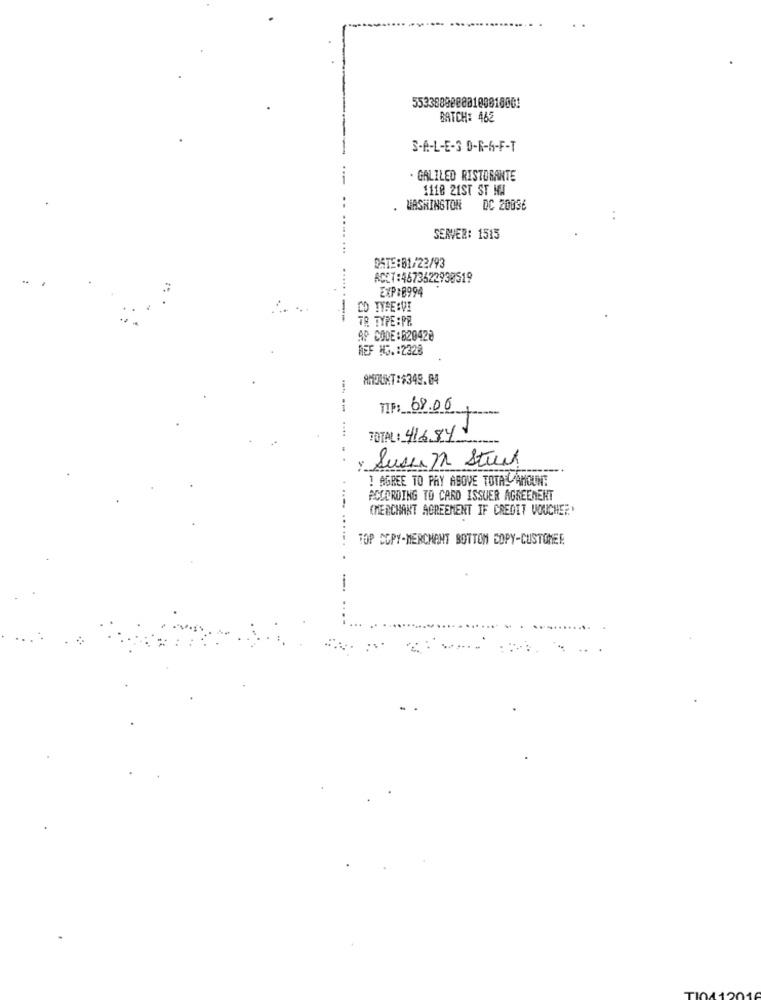
BATCH: 462
S-A-L-E-3 D-R-6-F-T
. GALILEO RISTORANTE
1118 21ST ST MA
WASHINGTON
DC 20036
:
SERVER: 1515
DATE:51/22/93
ACCT:4673622930519
EXP:0994
CD TYPE:VI
7A TYPE:PE
AP CODE:620428
MEF NO .: 2328
AMOUNT:$349.04
TIP: 68.06+
TOTAL: 416841
Sussan Stuck
! AGREE TO PAY ASOVE TOTALAMOUNT
ACCORDING TO CARD ISSUER AGREEMENT
.....
(MERCHANT AGREEMENT IF CREDIT VOUCHER'
.....
TOP COPY-MERCHANT BOTTOM COPY-CUSTOMER